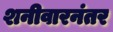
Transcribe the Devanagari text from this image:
शनीवारनंतर